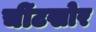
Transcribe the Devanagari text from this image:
चींटखोर